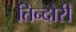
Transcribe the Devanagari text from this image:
तिन्दोरी